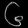
Digit: ၆